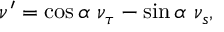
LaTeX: \nu ^ { \prime } = \cos \alpha ~ \nu _ { \tau } - \sin \alpha ~ \nu _ { s } ,